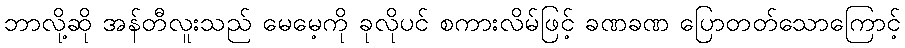
ဘာလို့ဆို အန်တီလူးသည် မေမေ့ကို ခုလိုပင် စကားလိမ်ဖြင့် ခဏခဏ ပြောတတ်သောကြောင့်